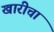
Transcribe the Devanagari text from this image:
खारीचा